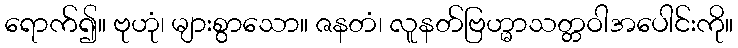
ရောက်၍။ ဗုဟုံ၊ များစွာသော။ ဇနတံ၊ လူနတ်ဗြဟ္မာသတ္တဝါအပေါင်းကို။